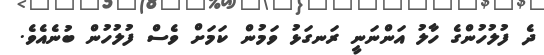
ދެ ފުލުހުންގެ ހާލު އަންނަނީ ރަނގަޅު ވަމުން ކަމަށް ވެސް ފުލުހުން ބުނެއެވެ.